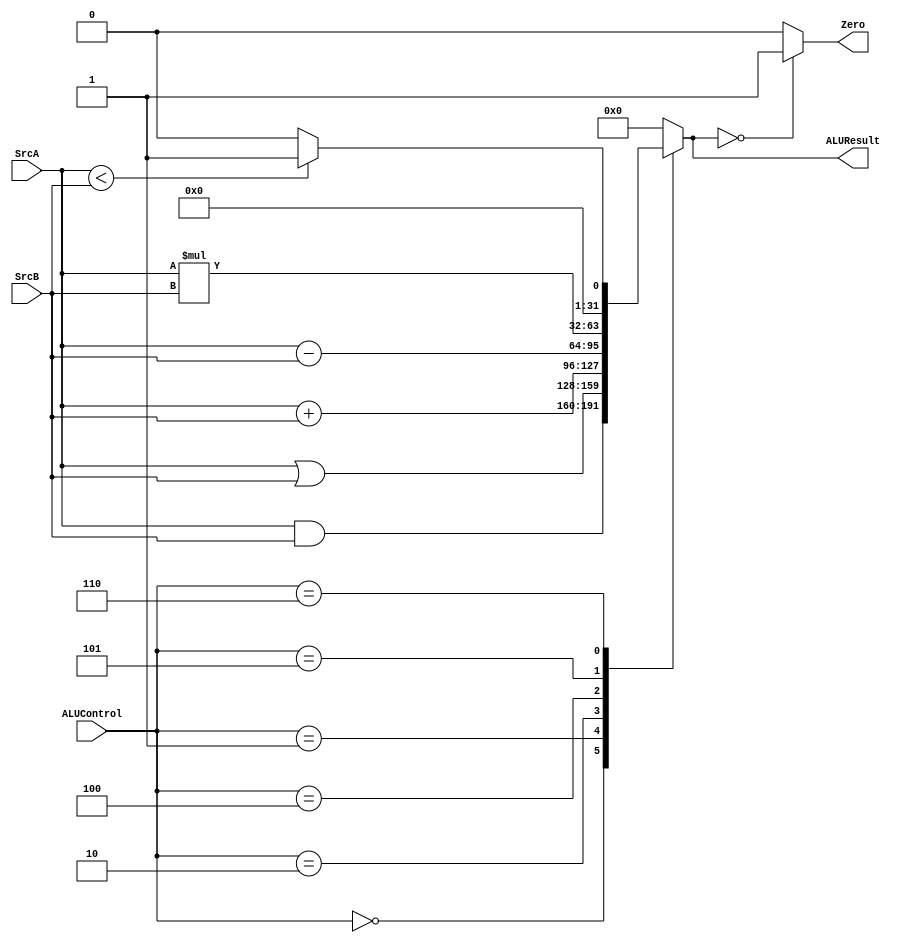
module alu
#(parameter N=32)
(
input [N-1:0]SrcA,SrcB,
input [2:0] ALUControl,
output reg Zero,
output reg [N-1:0]ALUResult
);

reg [2*N-1 :0]multiplier;
always@*
begin
multiplier='b0;
ALUResult='b0;
case(ALUControl)
3'b000:ALUResult=SrcA&SrcB;
3'b001:ALUResult=SrcA|SrcB;
3'b010:ALUResult=SrcA+SrcB;
3'b100:ALUResult=SrcA-SrcB;
3'b101:
begin 
multiplier=SrcA*SrcB;
ALUResult=multiplier[N-1:0];
end
3'b110:
begin
if(SrcA<SrcB)
ALUResult=1;
else
ALUResult=0;
end
default: begin
ALUResult='b0;
Zero=1'b1;
end
endcase

if(ALUResult=='b0)
Zero=1'b1;
else
Zero=1'b0;
end
endmodule